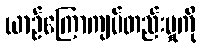
ယာဉ်ကြောကျပ်တည်းမှုကို